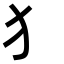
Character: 犭